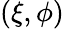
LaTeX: (\xi,\phi)